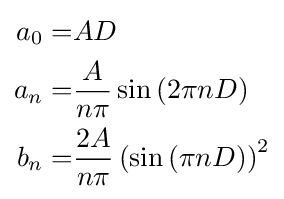
{\begin{aligned}a_{0}=&AD\\a_{n}=&{\frac {A}{n\pi }}\sin \left(2\pi nD\right)\\b_{n}=&{\frac {2A}{n\pi }}\left(\sin \left(\pi nD\right)\right)^{2}\\\end{aligned}}